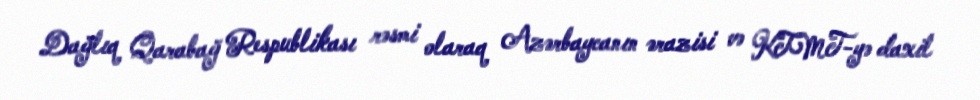
Dağlıq Qarabağ Respublikası rəsmi olaraq Azərbaycanın ərazisi və KTMT-yə daxil